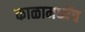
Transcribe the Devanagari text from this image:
काळामध्येंच